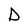
Character: D